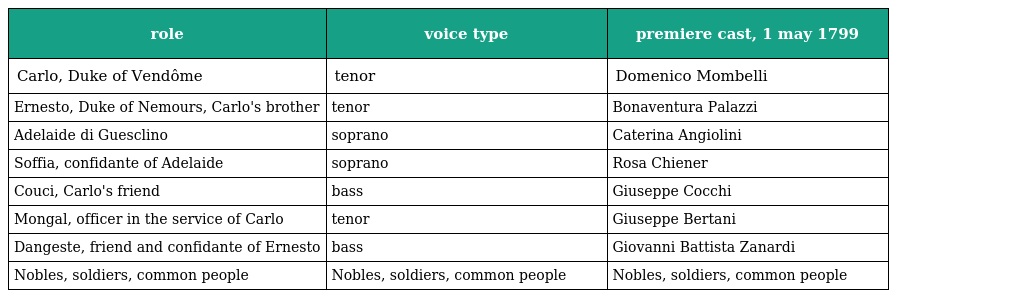
| role | voice type | premiere cast, 1 may 1799 |
 | --- | --- | --- |
 | Carlo, Duke of Vendôme | tenor | Domenico Mombelli |
 | Ernesto, Duke of Nemours, Carlo's brother | tenor | Bonaventura Palazzi |
 | Adelaide di Guesclino | soprano | Caterina Angiolini |
 | Soffia, confidante of Adelaide | soprano | Rosa Chiener |
 | Couci, Carlo's friend | bass | Giuseppe Cocchi |
 | Mongal, officer in the service of Carlo | tenor | Giuseppe Bertani |
 | Dangeste, friend and confidante of Ernesto | bass | Giovanni Battista Zanardi |
 | Nobles, soldiers, common people | Nobles, soldiers, common people | Nobles, soldiers, common people |